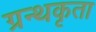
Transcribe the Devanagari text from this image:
ग्रन्थकृता